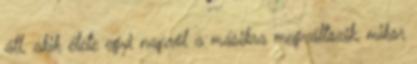
áll, akik élete egyi napról a másikra megváltozik, mikor